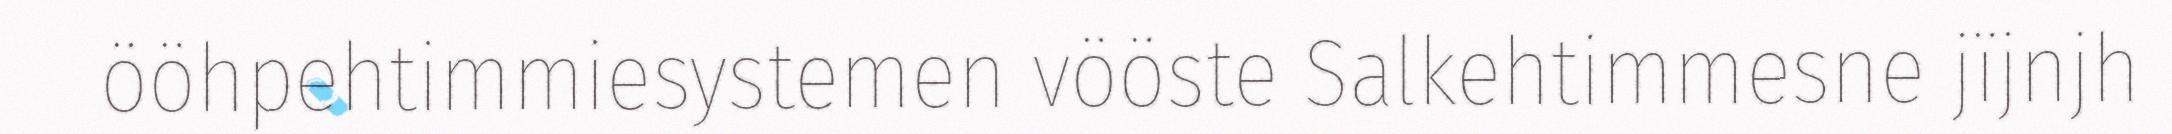
ööhpehtimmiesystemen vööste Salkehtimmesne jïjnjh